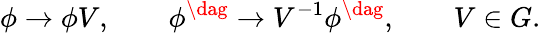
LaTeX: \phi\to\phi V,\qquad\phi^{\dag}\to V^{-1}\phi^{\dag},\qquad V\in G.